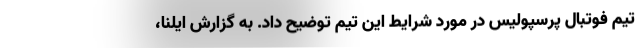
تیم فوتبال پرسپولیس در مورد شرایط این تیم توضیح داد. به گزارش ایلنا،